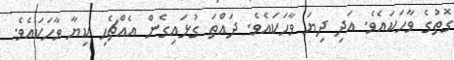
ގޮތުގެ ވާހަކައެވެ. އަދި ދިޔަ ވާހަކައެވެ. ދައްތަ ގުޅައިގެން އެއްޗެހި ކިޔާ ވާހަކައެވެ.